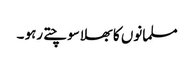
مسلمانوں کا بھلا سوچتے رہو ۔